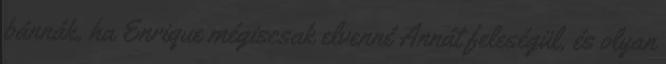
bánnák, ha Enrique mégiscsak elvenné Annát feleségül, és olyan